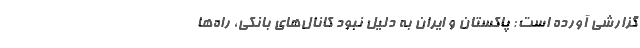
گزارشی آورده است: پاکستان و ایران به دلیل نبود کانال‌های بانکی، راه‌ها